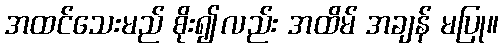
အထင်သေးမည် စိုး၍လည်း အထိမ် အချန် မပြု။